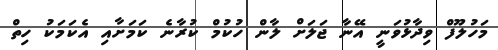
މަހުލޫފް ވިދާޅުވަނީ އޭނާ ޖަލަށް ލާން ހުކުމް ކުރާނެ ކަމަށާއި އެކަމަކު ހިތް